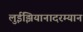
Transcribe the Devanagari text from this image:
लुईझियानादरम्यान